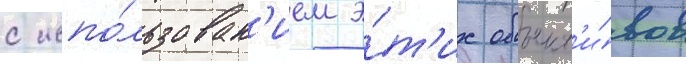
с испо́льзован'ием э́т'их объект'и́вов